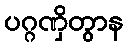
ပဂ္ဂဏှိတွာန